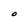
Character: O